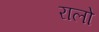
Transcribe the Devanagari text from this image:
रालो